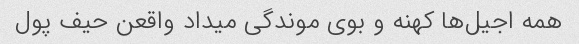
همه اجیل‌ها کهنه و بوی موندگی میداد واقعن حیف پول